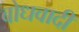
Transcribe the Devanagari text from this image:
बोधवादी